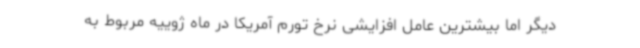
دیگر اما بیشترین عامل افزایشی نرخ تورم آمریکا در ماه ژوییه مربوط به